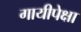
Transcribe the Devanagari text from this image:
गायीपेक्षा